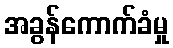
အခွန်ကောက်ခံမှု